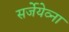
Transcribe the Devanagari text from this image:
सर्जेयेव्ना